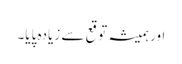
اور ہمیشہ توقع سے زیادہ پایا۔